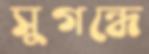
সুগন্ধে